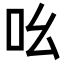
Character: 吆